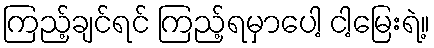
ကြည့်ချင်ရင် ကြည့်ရမှာပေါ့ ငါ့မြေးရဲ့။